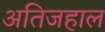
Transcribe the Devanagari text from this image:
अतिजहाल